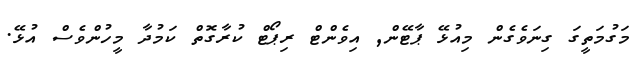
މަގުމަތީގަ ގިނަވެގެން މިއުޅޭ ޕާޓޭން